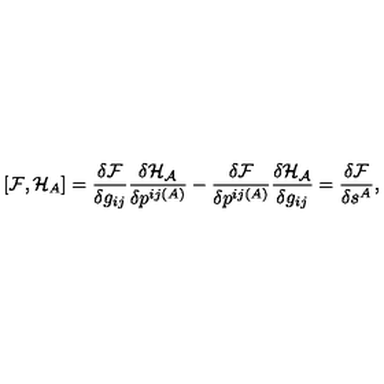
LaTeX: [ { \cal F } , { \cal H } _ { A } ] = \frac { \delta { \cal F } } { \delta g _ { i j } } \frac { \delta { \cal H _ { A } } } { \delta p ^ { i j ( A ) } } - \frac { \delta { \cal F } } { \delta p ^ { i j ( A ) } } \frac { \delta { \cal H _ { A } } } { \delta g _ { i j } } = \frac { \delta { \cal F } } { \delta s ^ { A } } ,